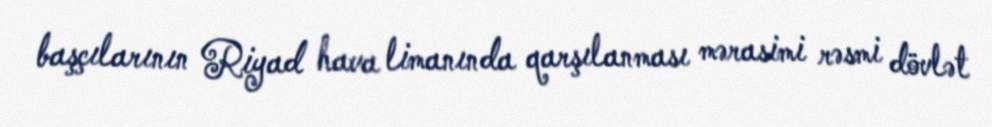
başçılarının Riyad hava limanında qarşılanması mərasimi rəsmi dövlət